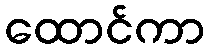
ထောင်ကာ